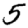
Digit: 5